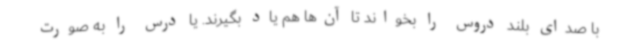
با صدای بلند دروس را بخواند تا آن‌ها هم یاد بگیرند. یا درس را به صورت